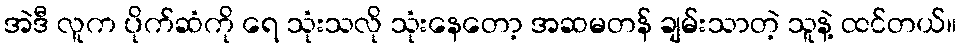
အဲဒီ လူက ပိုက်ဆံကို ရေ သုံးသလို သုံးနေတော့ အဆမတန် ချမ်းသာတဲ့ သူနဲ့ ထင်တယ်။